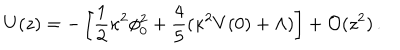
LaTeX: U ( z ) = - \left[ { \frac { 1 } { 2 } } \kappa ^ { 2 } \phi _ { 0 } ^ { 2 } + { \frac { 4 } { 5 } } ( \kappa ^ { 2 } V ( 0 ) + \Lambda ) \right] + { \cal O } ( z ^ { 2 } ) \, .